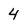
Character: 4